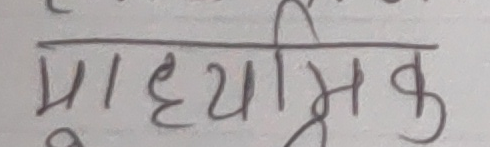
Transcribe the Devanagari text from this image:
माध्यमिक